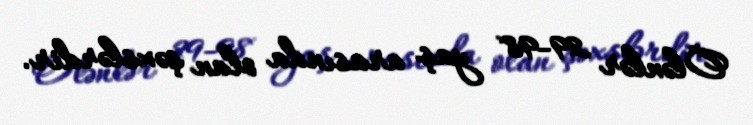
Ölənlər 29-98 yaş arasında olan şəxslərdir.